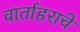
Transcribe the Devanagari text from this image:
वार्ताहराचे